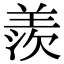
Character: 羨